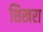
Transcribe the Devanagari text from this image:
शिखरा